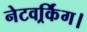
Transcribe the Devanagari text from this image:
नेटवर्र्किंग।